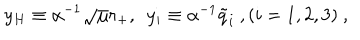
y _ { H } \equiv \alpha ^ { - 1 } \sqrt { \mu } r _ { + } , \ \ y _ { i } \equiv \alpha ^ { - 1 } { { \tilde { q } } _ { i } } \ , ( i = 1 , 2 , 3 ) \ ,